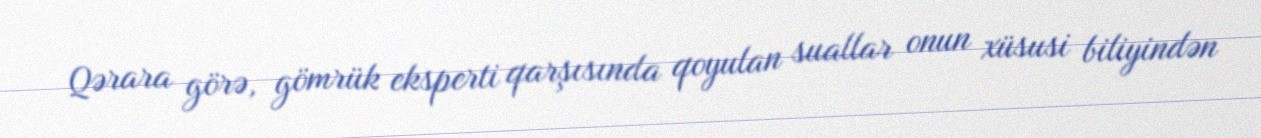
Qərara görə, gömrük eksperti qarşısında qoyulan suallar onun xüsusi biliyindən